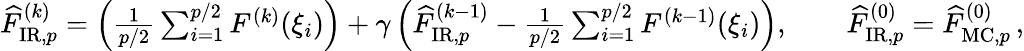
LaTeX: \begin{array}{r}{\widehat{F}_{\mathrm{IR},p}^{(k)}=\left(\frac{1}{p/2}\sum_{i=1}^{p/2}F^{(k)}(\xi_{i})\right)+\gamma\left(\widehat{F}_{\mathrm{IR},p}^{(k-1)}-\frac{1}{p/2}\sum_{i=1}^{p/2}F^{(k-1)}(\xi_{i})\right),\qquad\widehat{F}_{\mathrm{IR},p}^{(0)}=\widehat{F}_{\mathrm{MC},p}^{(0)}\, ,}\end{array}